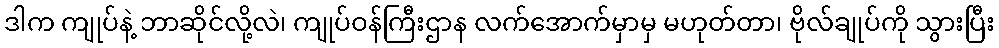
ဒါက ကျုပ်နဲ့ ဘာဆိုင်လို့လဲ၊ ကျုပ်ဝန်ကြီးဌာန လက်အောက်မှာမှ မဟုတ်တာ၊ ဗိုလ်ချုပ်ကို သွားပြီး